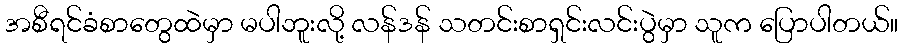
အစီရင်ခံစာတွေထဲမှာ မပါဘူးလို့ လန်ဒန် သတင်းစာရှင်းလင်းပွဲမှာ သူက ပြောပါတယ်။